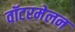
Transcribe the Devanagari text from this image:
वॉटरमेलन